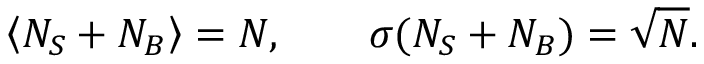
\left< N _ { S } + N _ { B } \right> = N , \qquad \sigma ( N _ { S } + N _ { B } ) = \sqrt { N } .